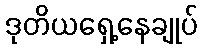
ဒုတိယရှေ့နေချုပ်